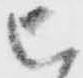
被